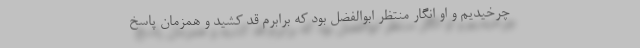
چرخیدیم و او انگار منتظر ابوالفضل بود که برابرم قد کشید و همزمان پاسخ